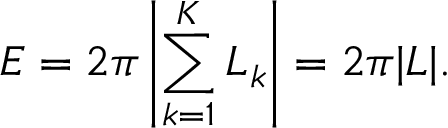
{ \cal E } = 2 \pi \left| \sum _ { k = 1 } ^ { K } L _ { k } \right| = 2 \pi | L | .